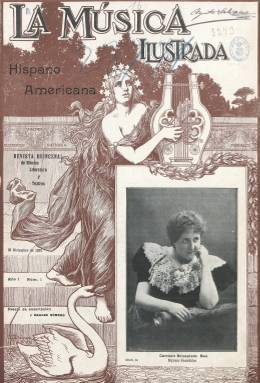
Título: La Música ilustrada hispano-americana
Otros títulos: Música ilustrada
Colección: Música || Cultura
Ámbito geográfico: Barcelona
Lugar de publicación: Barcelona
Fechas: 25/12/1898-31/05/1902

Se publicó en Barcelona a partir del 25 de diciembre de 1898, con el subtítulo “revista quincenal de música, literatura y teatros”, siendo su fundador, director y gerente el pianista y compositor Agustín Luis Salvans (1862-19??). Fue estampada en papel de calidad (cuché mate) y a varias tintas por los entonces modernos medios de impresión, especialmente sus cubiertas y las cuatro páginas centrales en donde inserta partituras musicales, pero también otras de sus muchas ilustraciones que acompañan a los textos, incluidas las capitulares y algunas viñetas alegóricas. Con paginación continuada anual, sus primeras entregas serán de doce páginas, y cuando en 1901 se haga mensual, de dieciséis.

Publica biografías y semblanzas de cantantes, compositores y directores (ilustradas con retratos fotográficos) y reseñas, crónicas y críticas musicales y teatrales, a través de correspondencias o corresponsalías en Madrid y otras ciudades europeas, como París, y americanas, incluida Nueva York, así como otras de provincias españolas y la correspondiente Revista local barcelonesa. También tendrá secciones de bibliografía, de noticias o humor gráfico (también publica caricaturas), e insertará artículos de historia y técnica musical, así como textos de creación literaria (narrativa y poemas), acompañados de otras ilustraciones artísticas. También ofrece resúmenes de argumentos de obras.

Su música grabada formará un Álbum musical, con composiciones originales de zarzuelas, óperas, música para piano, piano y canto, guitarra, violín, música religiosa, partituras de autores tanto españoles como extranjeros, conocidos o nóveles maestros. Asimismo, difundirá ocho páginas como folletín en cada entrega, de la obra Músicos españoles nacidos en el siglo XIX, escrita en exclusiva para la revista por F. Gras y Elías.

Ofrece un importante cuadro con decenas de colaboradores, tanto del campo musical como del literario, entre los que aparecen los nombres de Isaac Albéniz, Guillermo Morphy, Vital Aza, Santiago Mundi, Eustaquio de la Torre, J. Borrás de Palau, Enrique Mercader, Fernando de Arteaga, Tomás Bretón, Eusebio Blasco, Víctor Balaguer, Emilio Castelar, Ramón de Campoamor, Rafael del Castillo, Ruperto Chapí, Federico Chueca, Manuel Fernández Caballero, Carlos Fernández Shaw, Armando Duval, Salvador Giner, Eduardo Ocón, Antonia Opiso, José María Wehils o la Baronesa de Wilson.

Aunque la revista tratará de los diversos géneros musicales y el de la zarzuela era muy popular, su enfoque principal será la ópera, prestando una atención singular por las óperas e ideas de Wagner y abogando por la creación de un género operístico nacional español, según Esperanza Berrocal, autora de una monografía sobre esta revista, publicada en 1997 por la Universidad de Maryland.

Su director llegó a quejarse de la “indiferencia” o hasta “solapada guerra” contra la publicación de parte del profesorado, pero se presentará también bajo su cabecera como “órgano oficial de los profesores y artistas músicos”; añadiendo, asimismo la indicación, a partir de 1901, de Barcelona-Madrid, pues llega a tener oficinas también en esta ciudad. Prestó atención a las actividades y funciones de instituciones, sociedades y espectáculos como la Sociedad Filharmónica, la Asociación Musical, el Círculo Artístico, el Teatro del Liceo o el Teatro Lírico Catalán. Y a pesar de su interés de difusión a los países de Hispanoamérica, reflejado también en su título, no llegará a ofrecer demasiadas reseñas de ellos (Berrocal: 1997).

La última página, y a veces también la penúltima, de cada entrega (en formato folio mayor y composición a dos columnas) está dedicada a insertar anuncios comerciales, muchos de ellos sobre artistas y actuaciones musicales.

La número 65 es la última entrega de este título en la Biblioteca Nacional de España, correspondiente a mayo de 1902.